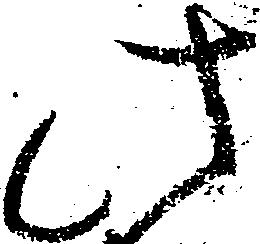
此